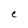
Character: e